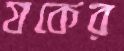
যকের